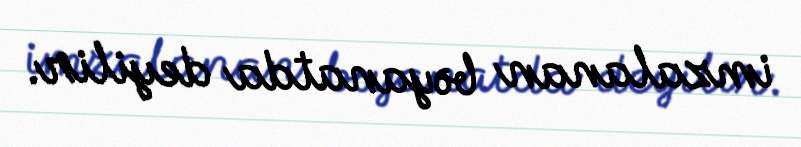
imzalanan bəyanatda deyilir.